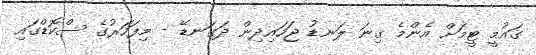
ގައުމީ ޓީމަށް އެންމެ ގިނަ ލަނޑު ޖަހައިދިން ދަގަނޑޭ - މިފަހަރުގެ ސްކޮޑްގައި